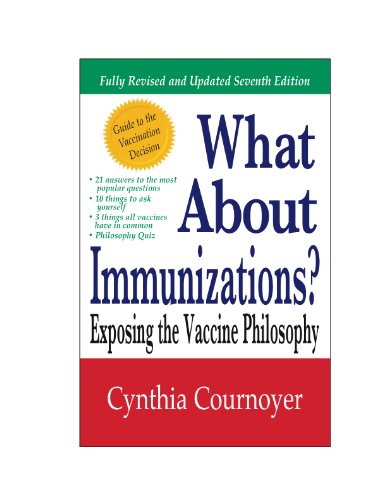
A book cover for What About Immunizations? Exposing the Vaccine Philosophy; Cynthia Cournoyer; Health, Fitness & Dieting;